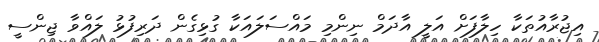
އިޖުރާއުތަކާ ހިލާފަށް އަލީ އާދަމް ނިންމި މައްސަލައަކާ ގުޅިގެން ދަރިފުޅު ލައްވާ ޖިންސީ